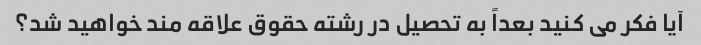
آیا فکر می کنید بعداً به تحصیل در رشته حقوق علاقه مند خواهید شد؟